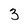
Character: 3